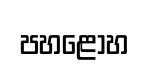
පහළොහ